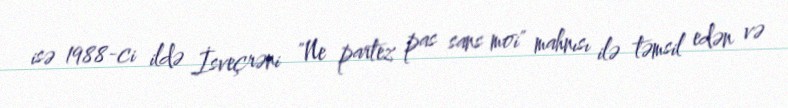
isə 1988-ci ildə İsveçrəni "Ne partez pas sans moi" mahnısı ilə təmsil edən və